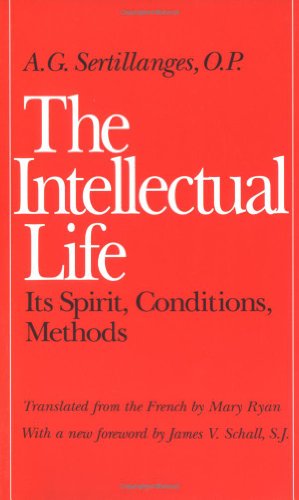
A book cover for The Intellectual Life: Its Spirit, Conditions, Methods; OP A. G. Sertillanges; Politics & Social Sciences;